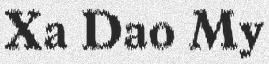
Xa Dao My